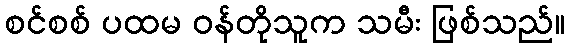
စင်စစ် ပထမ ဝန်တိုသူက သမီး ဖြစ်သည်။